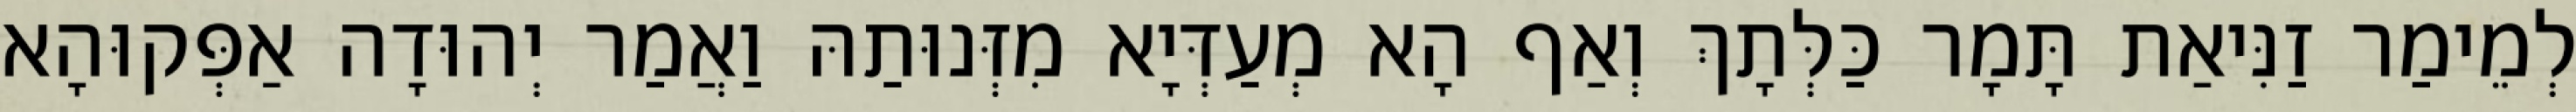
לְמֵימַר זַנִּיאַת תָּמָר כַּלְּתָךְ וְאַף הָא מְעַדְּיָא מִזְּנוּתַהּ וַאֲמַר יְהוּדָה אַפְּקוּהָא